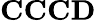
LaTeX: \mathbf{CCCD}